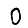
Digit: 0